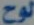
لوح